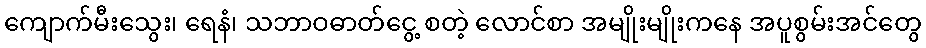
ကျောက်မီးသွေး၊ ရေနံ၊ သဘာဝဓာတ်ငွေ့ စတဲ့ လောင်စာ အမျိုးမျိုးကနေ အပူစွမ်းအင်တွေ